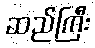
ဆည်ကြီး